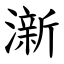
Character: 澵